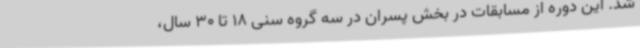
شد. این دوره از مسابقات در بخش پسران در سه گروه سنی 18 تا 30 سال،